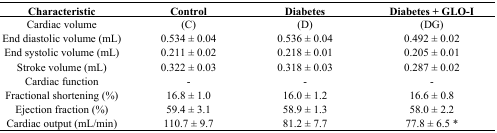
<table><thead><tr><td><b>Characteristic</b></td><td><b>Control</b></td><td><b>Diabetes</b></td><td><b>Diabetes + GLO-I</b></td></tr></thead><tbody><tr><td>Cardiac volume</td><td>(C)</td><td>(D)</td><td>(DG)</td></tr><tr><td>End diastolic volume (mL)</td><td>0.534 ± 0.04</td><td>0.536 ± 0.04</td><td>0.492 ± 0.02</td></tr><tr><td>End systolic volume (mL)</td><td>0.211 ± 0.02</td><td>0.218 ± 0.01</td><td>0.205 ± 0.01</td></tr><tr><td>Stroke volume (mL)</td><td>0.322 ± 0.03</td><td>0.318 ± 0.03</td><td>0.287 ± 0.02</td></tr><tr><td>Cardiac function</td><td>-</td><td>-</td><td>-</td></tr><tr><td>Fractional shortening (%)</td><td>16.8 ± 1.0</td><td>16.0 ± 1.2</td><td>16.6 ± 0.8</td></tr><tr><td>Ejection fraction (%)</td><td>59.4 ± 3.1</td><td>58.9 ± 1.3</td><td>58.0 ± 2.2</td></tr><tr><td>Cardiac output (mL/min)</td><td>110.7 ± 9.7</td><td>81.2 ± 7.7</td><td>77.8 ± 6.5 *</td></tr></tbody></table>